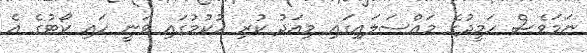
ނަމަވެސް ހަމީދުގެ މައްސަލައިގައި މިއަދު ކުރި ހުކުމުގައި ވަނީ ހައި ކޯޓުގެ އެ